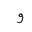
Letter: _waw